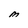
Character: M